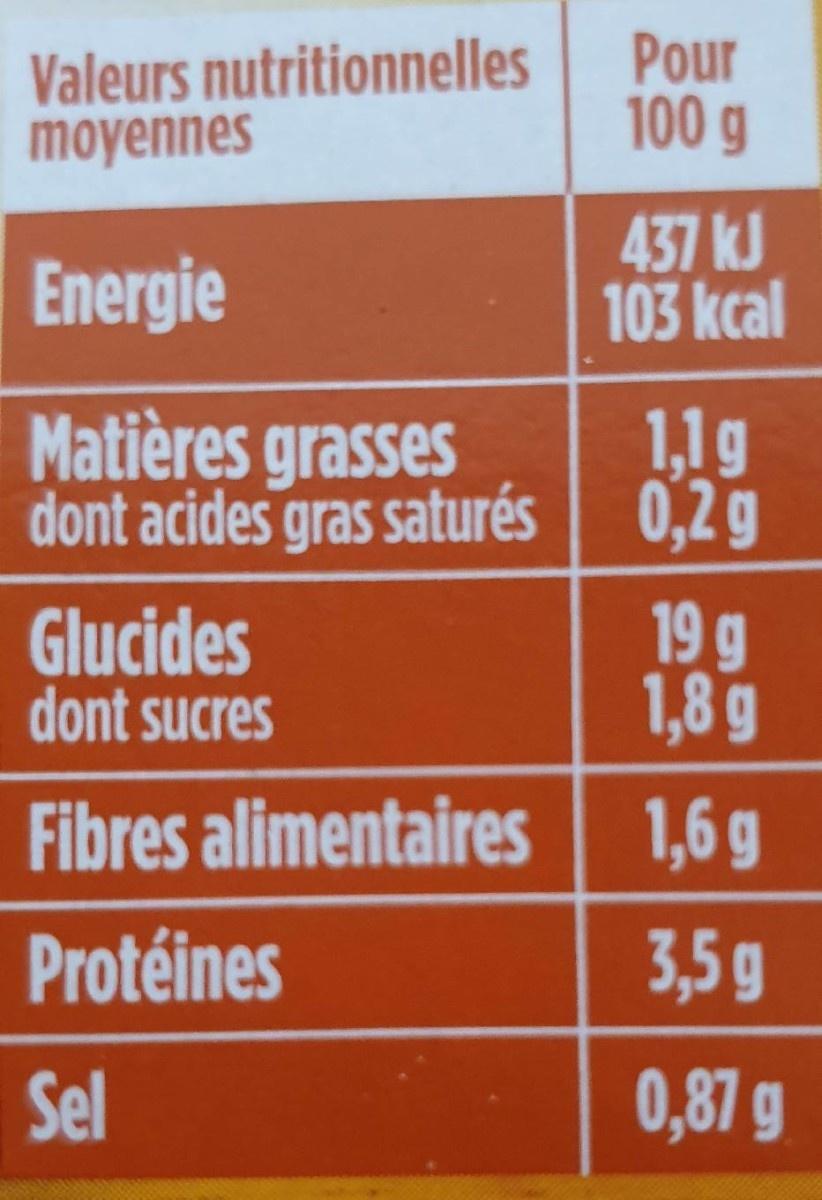
Valeurs nutritionnelles moyennes
Pour 100 g
Energie
437 kJ 103 kcal
Matières grasses dont acides gras saturés 0,2g
1,1g
Glucides dont sucres
19 g 1,8 g
Fibres alimentaires 1,6 g
Protéines
3,5g
Sel
0,87 g